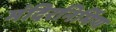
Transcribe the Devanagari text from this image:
मंदिरनिर्मिण